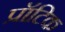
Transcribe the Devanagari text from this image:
प्रॉटिक